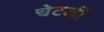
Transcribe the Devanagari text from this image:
चेटर्जी